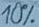
Text: 10%